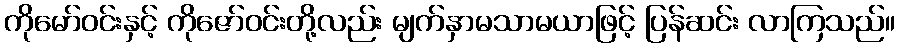
ကိုမော်ဝင်းနှင့် ကိုဇော်ဝင်းတို့လည်း မျက်နှာမသာမယာဖြင့် ပြန်ဆင်း လာကြသည်။